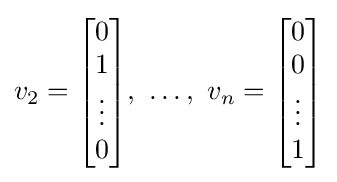
v_{2}={\begin{bmatrix}0\\1\\\vdots \\0\end{bmatrix}},~\ldots ,~v_{n}={\begin{bmatrix}0\\0\\\vdots \\1\end{bmatrix}}